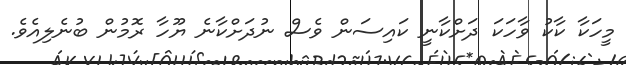
މީހަކާ ކާކު ވާހަކަ ދަށްކާނީ ކައިސަން ވެސް ނުދަށްކާނެ ޔޫހާ ރޮމުން ބުނެލިއެވެ.